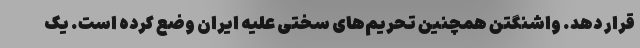
قرار دهد. واشنگتن همچنین تحریم‌های سختی علیه ایران وضع کرده است. یک